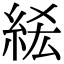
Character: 𥿭